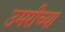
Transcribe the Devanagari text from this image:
उमरीच्या